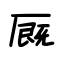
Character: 厩